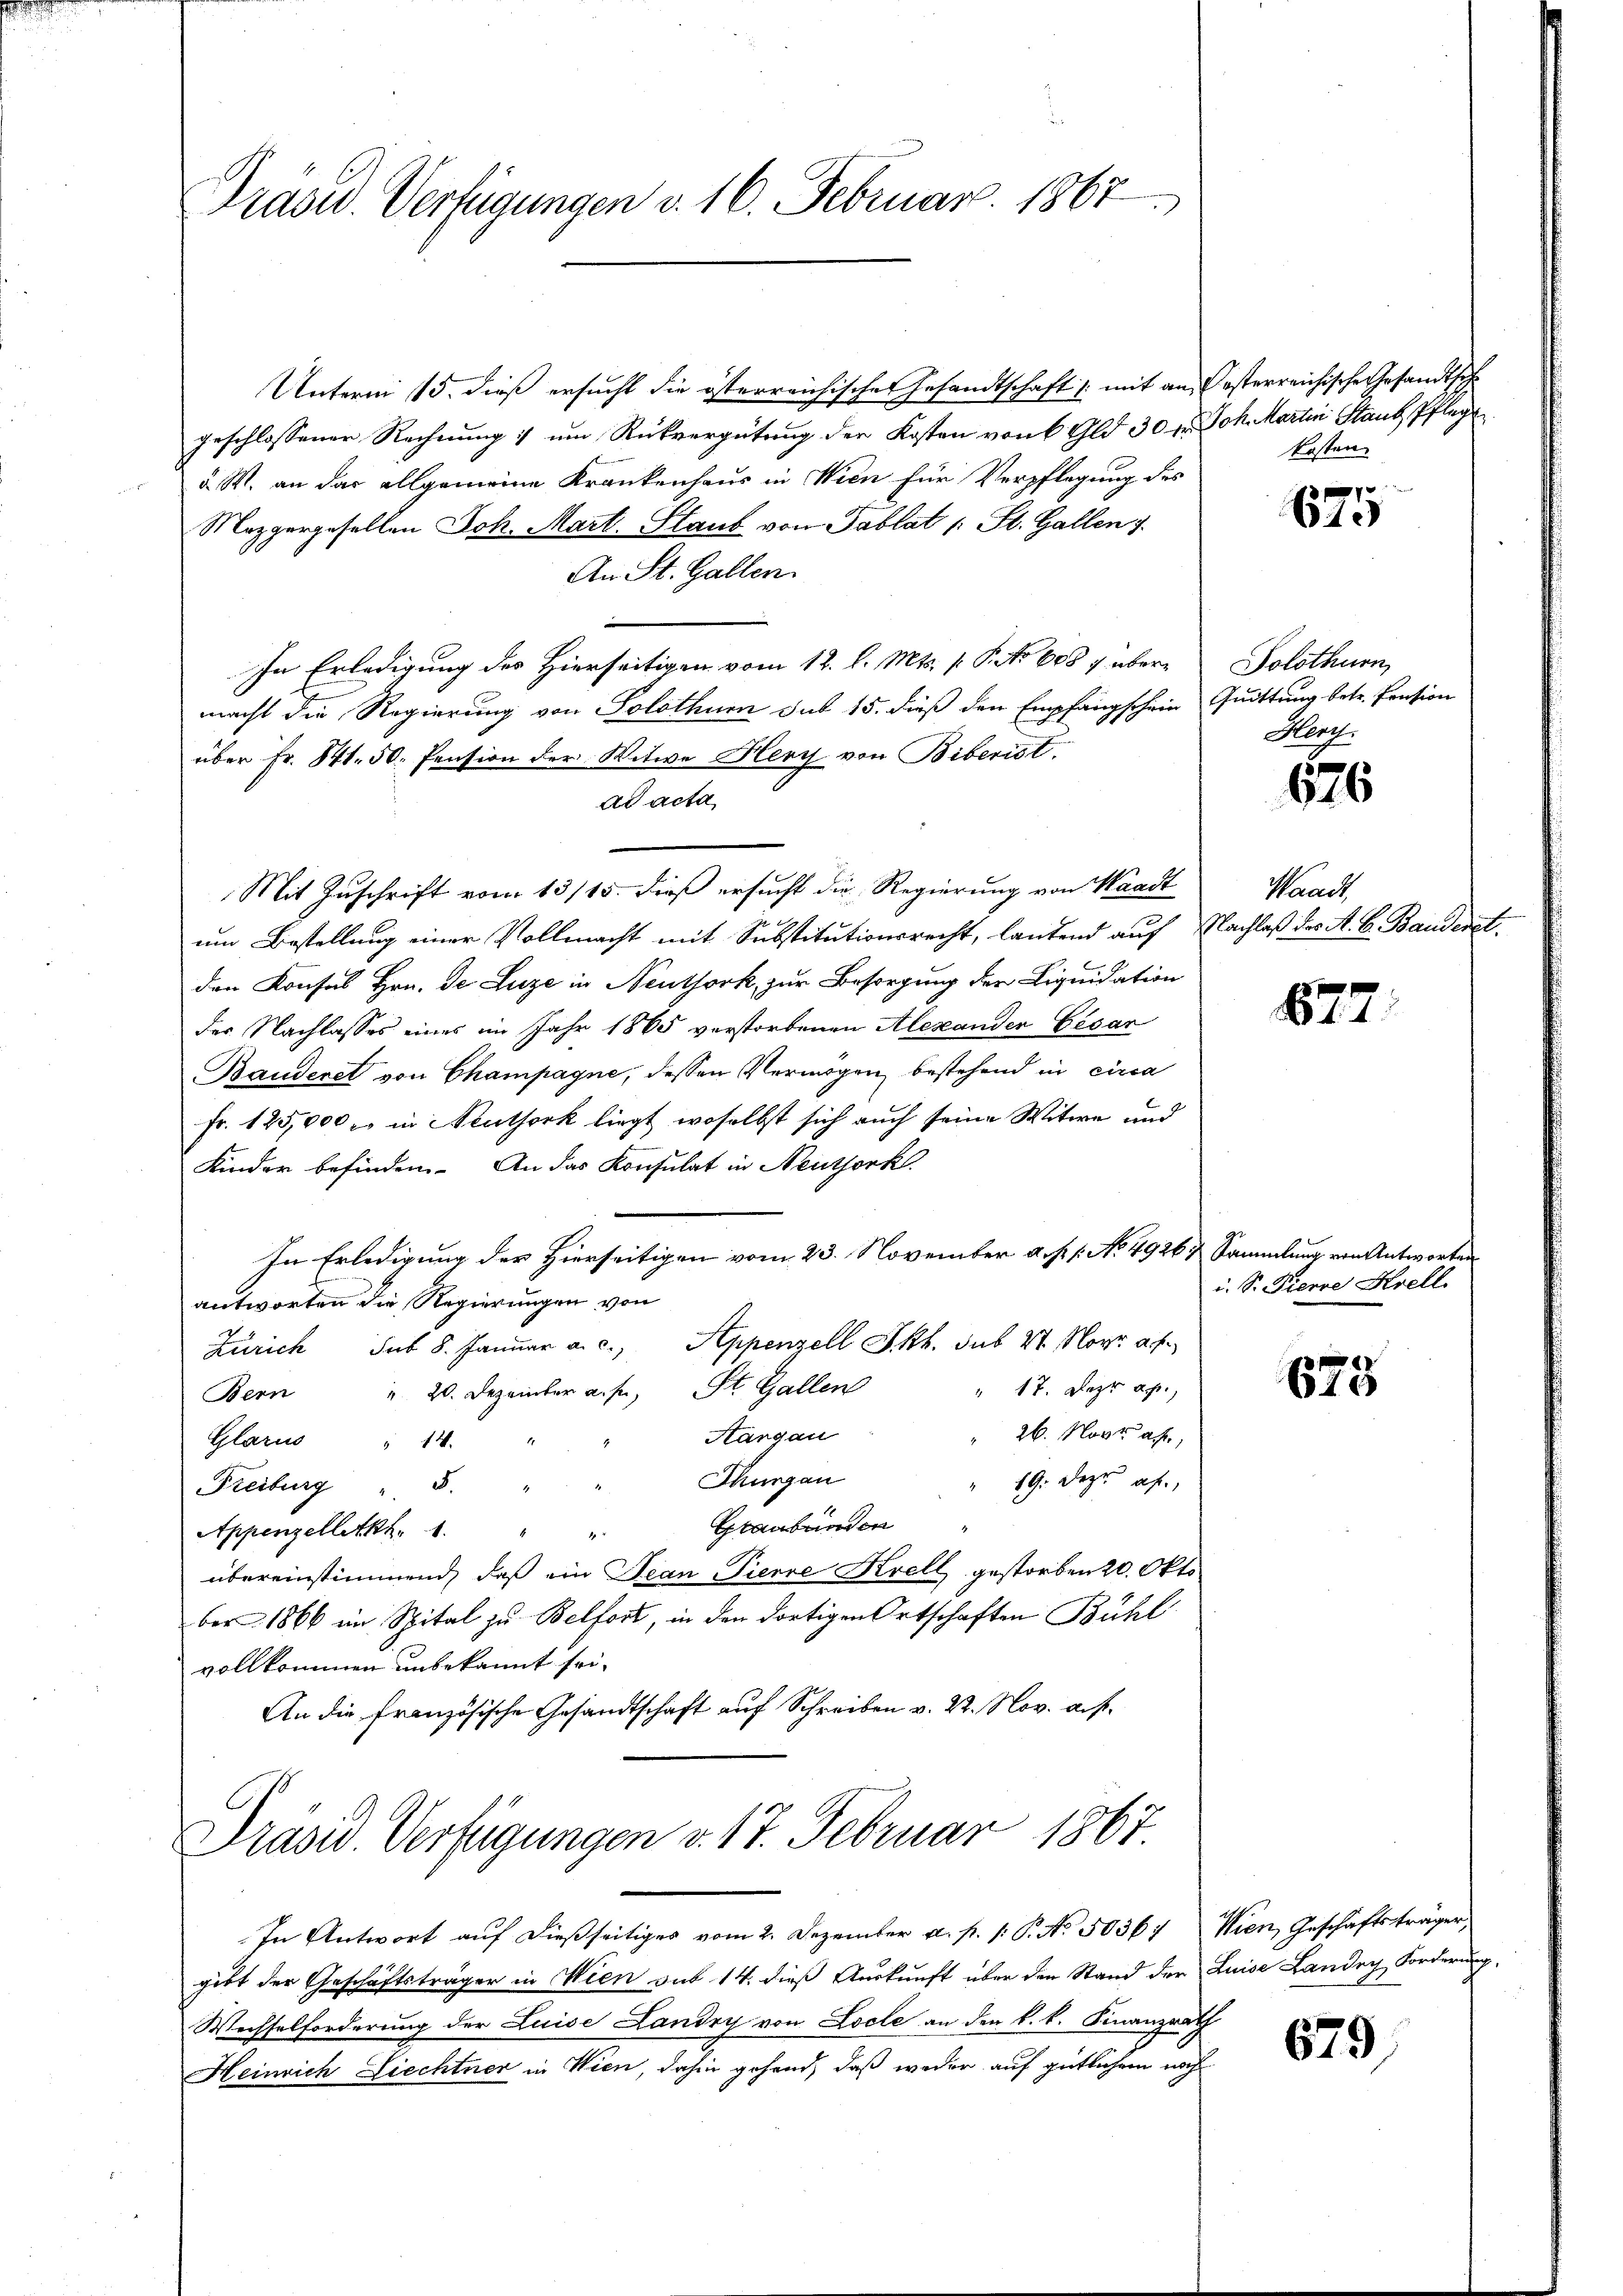
Präsid. Verfügungen v. 16. Februar 1867

Unterm 15. dieß ersucht die österreichisches Gesandtschaft & mit an-
geschlossener Rechnung :/ um Rückvergütung der Kosten von 6 Gld 30 xr
d. M. an das allgemeine Krankenhaus in Wien für Verpflegung des
Mezgergesellen Joh. Mart. Glaub von Tablat (: St. Gallen
An St. Gallen.
In Erledigung des Hierseitigen vom 12. l. Mts. v. P. No 608 7 übermacht die Regierung von Solothur sub 15. dieß den Empfangschein
über Fr. St. 50. Pension der Witwe Herz von Biberist.
ad acta
Mit Zuschrift vom 13/15. dieß ersucht die Regierung von Waadt
um Bestellung einer Vollmacht mit Substitutionsrecht, lautend auf
den Konses Hrn. Je Luze in Neuthork, zur Besorgung der Liquidation
der Nachlasses eines im Jahr 1865 verstorbenen Alexander Cesar
Bauderet von Champagne, dessen Vermögen bestehend in circa
Fr. 125,000 l. in Neuthork liegt, woselbst sich auch seine Witwe und
Kinder befinden. An das Konsulat in Neuthork
In Erledigung der Hierseitigen vom 23. November a. p. 1. No. 4926 & Sammlung von Antworte
antworten die Regierungen von
Zürich sub 8. Januar a. c., Appenzell Pkt. sub 27. Nov. a. f.
" 17. Jezt ap
Bern " 20. Dezember a. f. St. Gallen
26. Nov. a.,
Aargau
Glarus " 14.
Thurgau
" 19. dezu af
Freiburg " 5. "
Graubünden
Appenzelletkh. 1.

übereinstimmend, daß ein Jean Pierre Krell gestorben 20. Okto
ber 1866 im Spital zu Belfort, in den dortigen Ortschaften Bühl
vollkommen unbekannt sei.
An die französische Gesandtschaft auf Schreiben v. 22. Nov. a. f.
Präsid. Verfügungen v. 17. Februar 1867

Posterreichische Gesandtsche
Joh. Martin Stand Pflege
kosten.

In Antwort aŭf dießseitiges vom 2. Dezember a. p. 1. P. No. 50367 Wien, Geschäftsträger,
gibt der Geschäftsträger in Wien sub 14. dieß Auskunft über den Stand der Luise Lander Forderung
Wechselforderung der Luise Landry von Locle an den k. k. Finanzrath
Heinrich Liechtner in Wien, dahin gehend, daß weder auf gütlichem noch

7
61.)

Solothurn,
Quittung betr. Pension
Hene.

676

Waadt,
Nachlaß der A. B. Bandere

677.

i. S. Pierre Krell

675

679